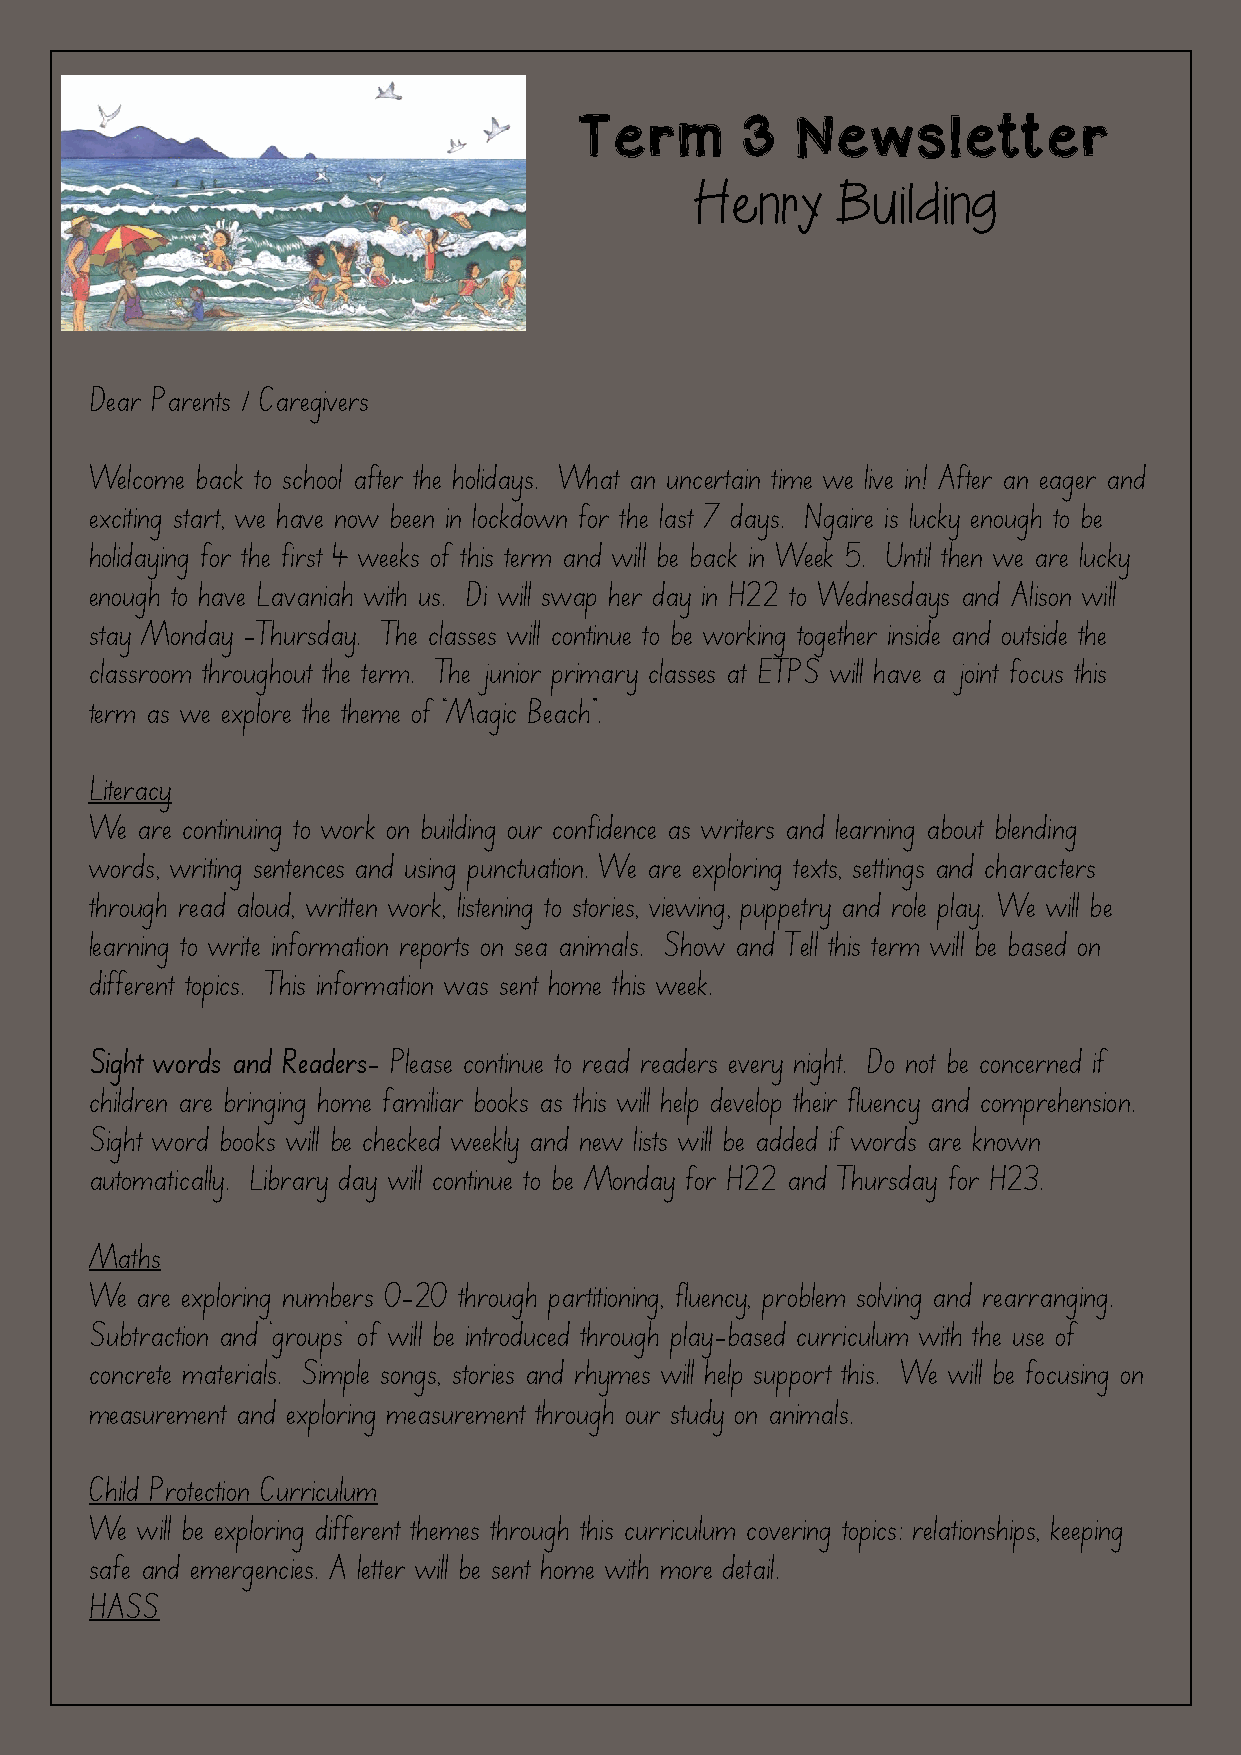
Term       3   Newsletter
 Henry     Building
 Dear Parents / Caregivers
 Welcome back to school after the holidays. What an uncertain time we live in! After an eager and
 exciting start, we have now been in lockdown for the last 7 days. Ngaire is lucky enough to be
 holidaying for the first 4 weeks of this term and will be back in Week 5. Until then we are lucky
 enough to have Lavaniah with us. Di will swap her day in H22 to Wednesdays and Alison will
 stay Monday -Thursday. The classes will continue to be working together inside and outside the
 classroom throughout the term. The junior primary classes at ETPS will have a joint focus this
 term as we explore the theme of “Magic Beach”.
 Literacy
 We are continuing to work on building our confidence as writers and learning about blending
 words, writing sentences and using punctuation. We are exploring texts, settings and characters
 through read aloud, written work, listening to stories, viewing, puppetry and role play. We will be
 learning to write information reports on sea animals. Show and Tell this term will be based on
 different topics. This information was sent home this week.
 Sight words and Readers- Please continue to read readers every night. Do not be concerned if
 children are bringing home familiar books as this will help develop their fluency and comprehension.
 Sight word books will be checked weekly and new lists will be added if words are known
 automatically. Library day will continue to be Monday for H22 and Thursday for H23.
 Maths
 We are exploring numbers 0-20 through partitioning, fluency, problem solving and rearranging.
 Subtraction and ‘groups’ of will be introduced through play-based curriculum with the use of
 concrete materials. Simple songs, stories and rhymes will help support this. We will be focusing on
 measurement and exploring measurement through our study on animals.
 Child Protection Curriculum
 We will be exploring different themes through this curriculum covering topics: relationships, keeping
 safe and emergencies. A letter will be sent home with more detail.
 HASS